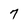
Character: 7